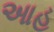
આહ